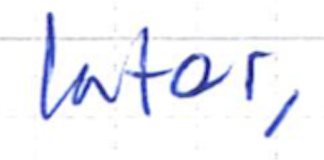
Text: later,
Cross-out: clean
Writing tool: ballpoint